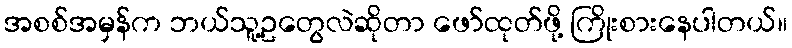
အစစ်အမှန်က ဘယ်သူ့ဥတွေလဲဆိုတာ ဖော်ထုတ်ဖို့ ကြိုးစားနေပါတယ်။